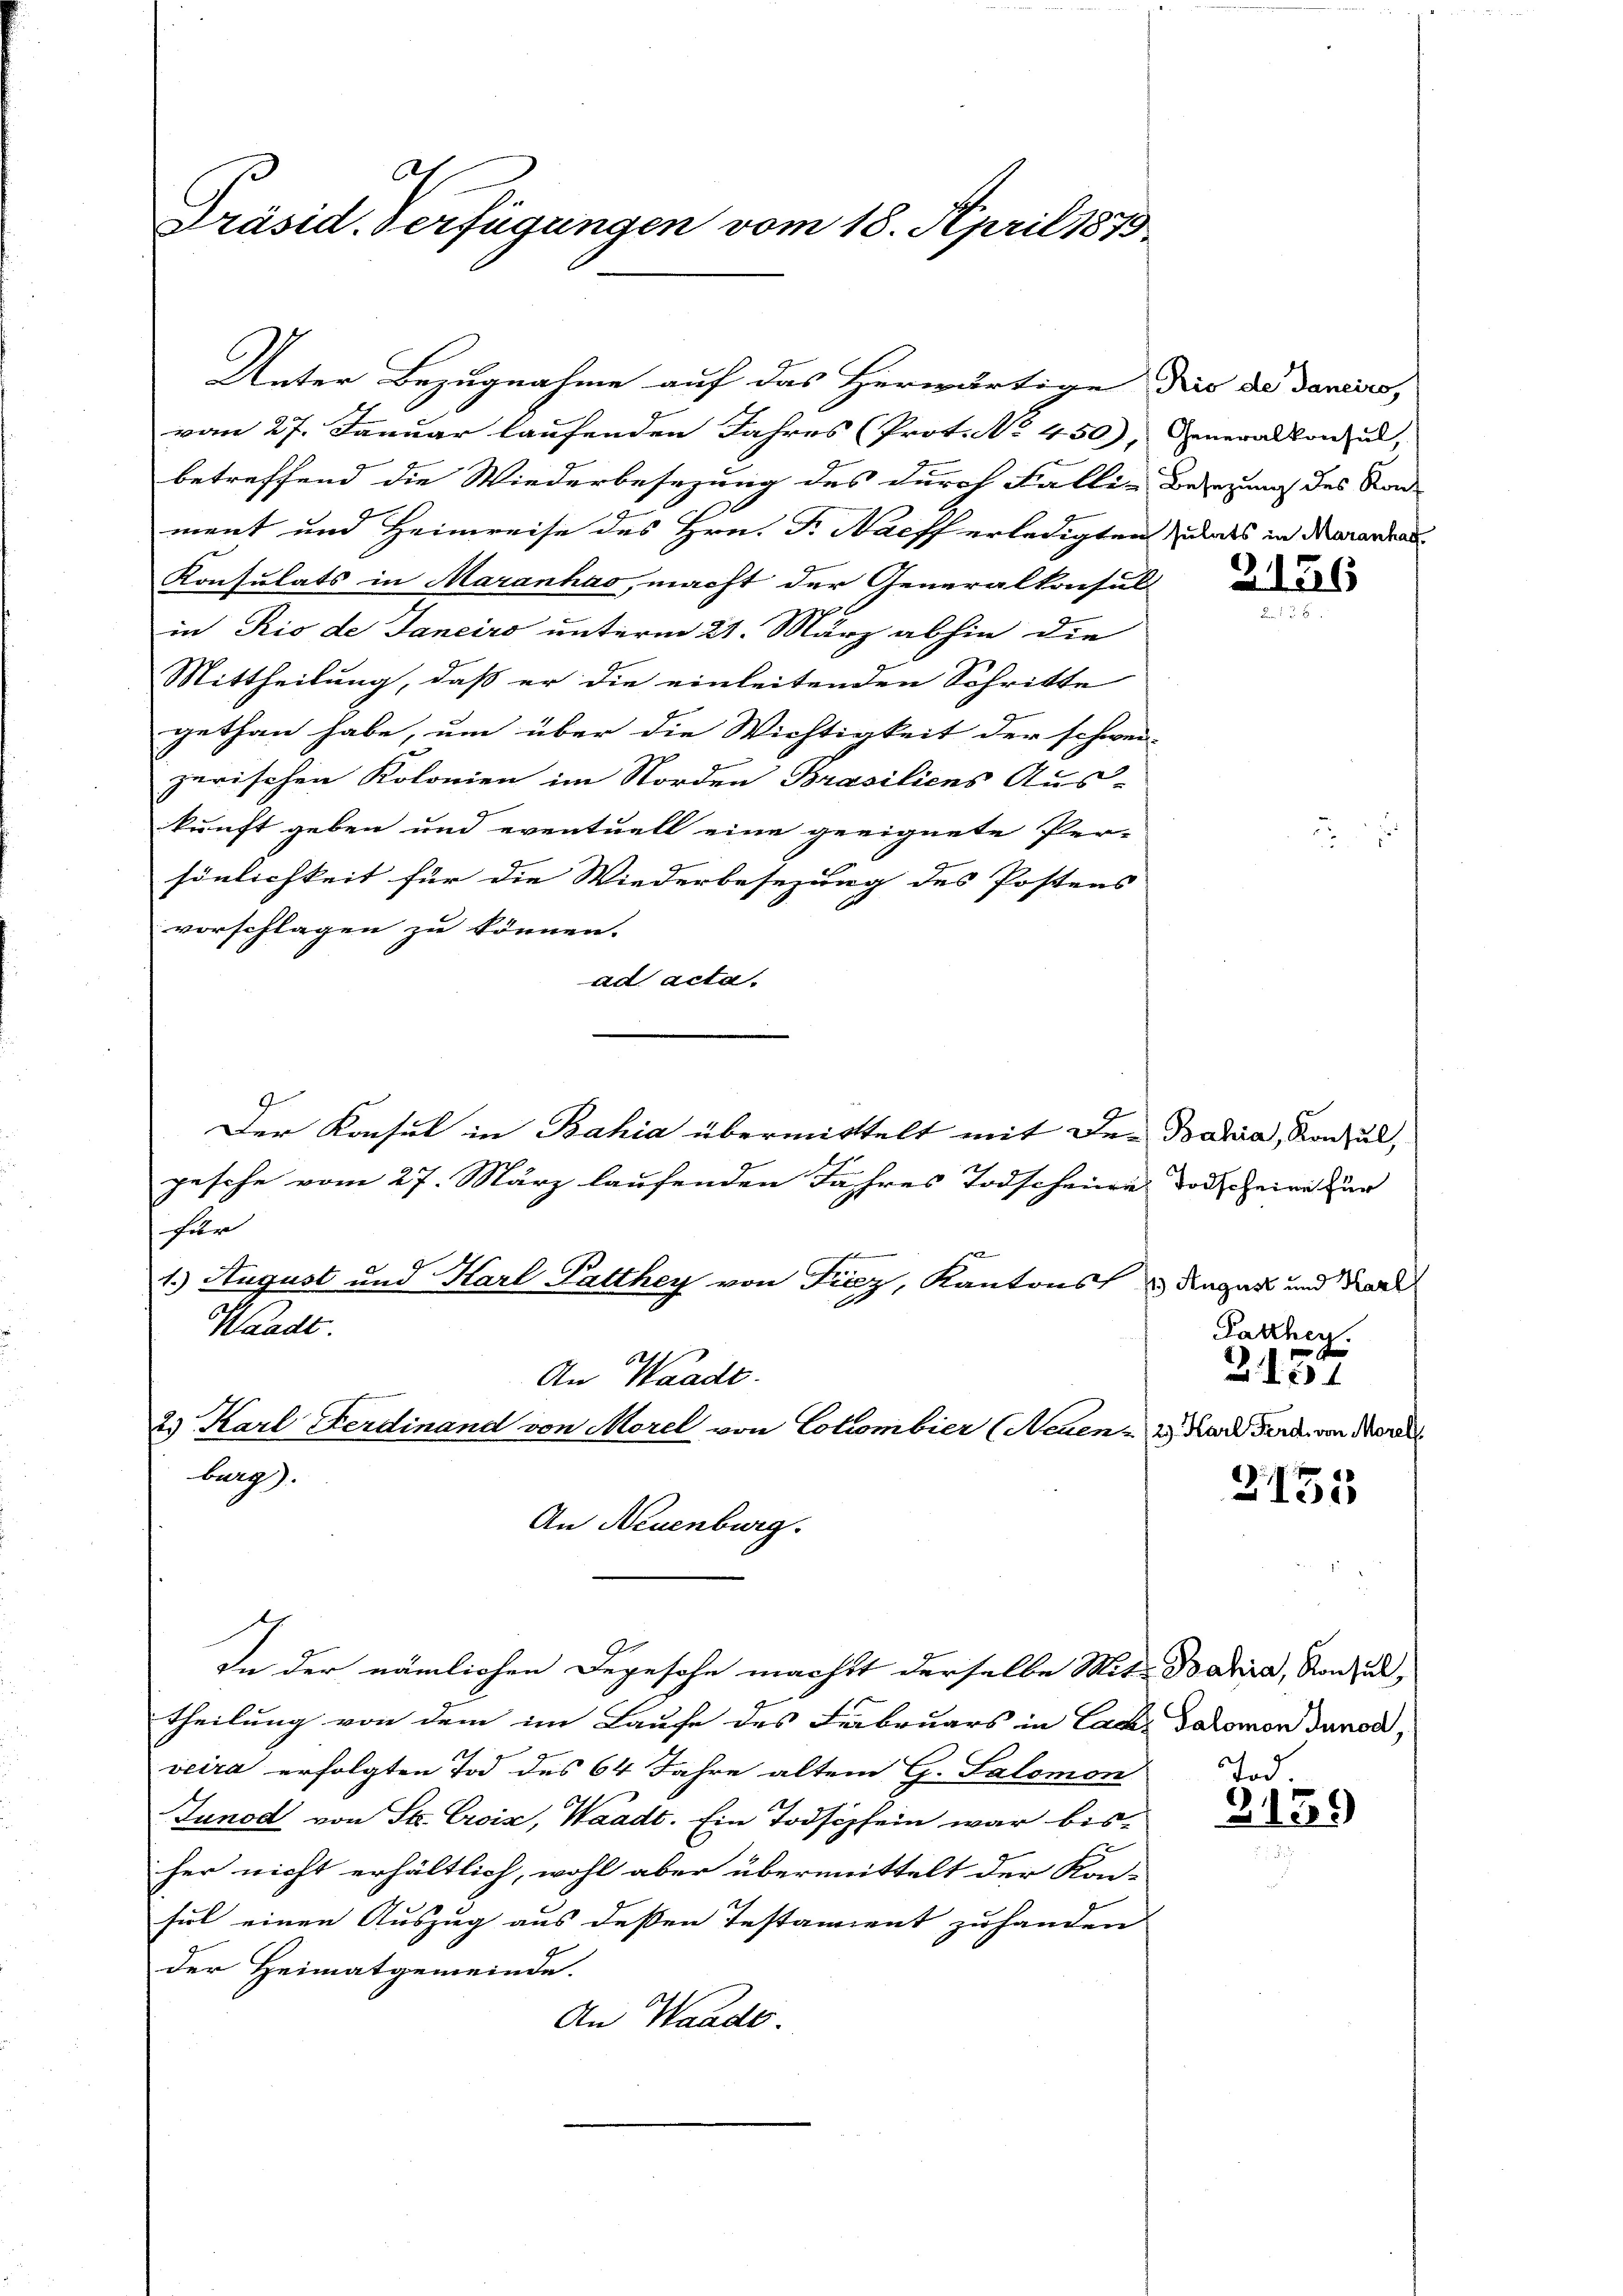
A
Präsid. Verfügungen vom 18. April 1873.

Unter Bezugnahme auf das Herwärtige dies de daniers,
vom 27. Januar laufenden Jahres (Prot. No. 450).
betreffend die Wiederbesezung des durch Fällen Bezug des Kon-
ment und Heimreise des Hrn. F. Naeff erledigten undes in derorden
Konsulats in Maranhas, macht der Generalkonsul
in Rio de Janeiro unterm 21. März abhin die
Mittheilung, daß er die einleitenden Schritte
gethan habe, um über die Wichtigkeit der schwei-
zerischen Kolonien im Norden Brasiliens Aus-
kunft geben und eventuell eine geeignete Per-
sönlichkeit für die Wiederbesezung des Postens
vorschlagen zu können.
ad acta
Der Konsul in Bahia übermittelt mit der Bahia, Konsul,
pesche vom 27. März laufenden Jahres Todscheine
für
1.) August und Karl Palthey von Fiez, Kantons u Ragat und Grade
Waadt
An Waadt.
2. Karl Ferdinand von Morel von Colombier (Neuen - 2.) Der Ferd. von Morell
burg).
An Neuenburg.

In der nämlichen Degesehe macht derselbe Mit Barra, von zu,

theilung von dem im Laufe des Februars in Caaz Salomon Junod,
veira erfolgten Tod des 64 Jahre altem G. Salomon
Junod von St. Croix, Waadt. Ein Todschein war bisher nicht erhältlich, wohl aber übermittelt der Kon-
sul einen Auszug aus dessen Testament zu handen
der Heimatgemeinde.
An Waadt.

Generalkonsul,

2126

Todscheine für
Pathen.
Z. 151

2135

Tod.
2139